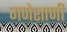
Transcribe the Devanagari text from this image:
गणेशाणी